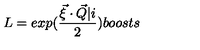
L = e x p ( \frac { \vec { \xi } \cdot \vec { Q } \vert i } { 2 } ) b o o s t s